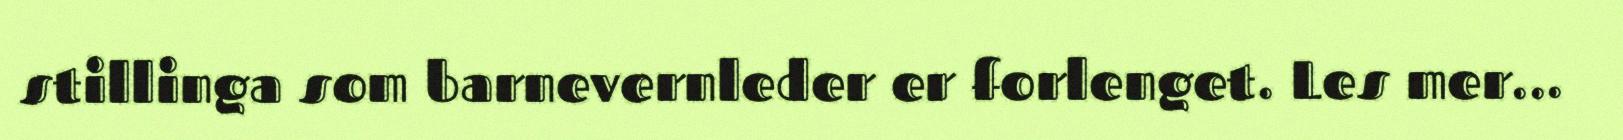
stillinga som barnevernleder er forlenget. Les mer...